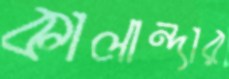
কালান্দার